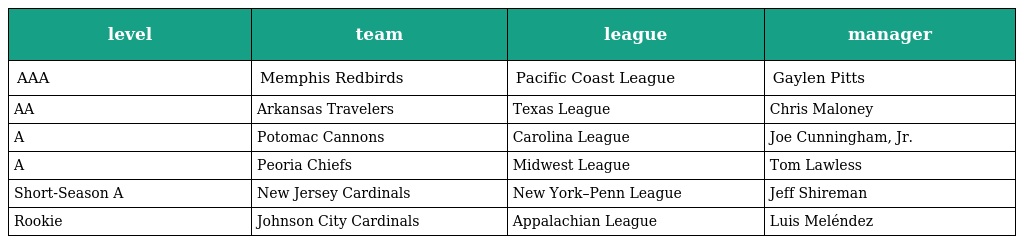
| level | team | league | manager |
 | --- | --- | --- | --- |
 | AAA | Memphis Redbirds | Pacific Coast League | Gaylen Pitts |
 | AA | Arkansas Travelers | Texas League | Chris Maloney |
 | A | Potomac Cannons | Carolina League | Joe Cunningham, Jr. |
 | A | Peoria Chiefs | Midwest League | Tom Lawless |
 | Short-Season A | New Jersey Cardinals | New York–Penn League | Jeff Shireman |
 | Rookie | Johnson City Cardinals | Appalachian League | Luis Meléndez |